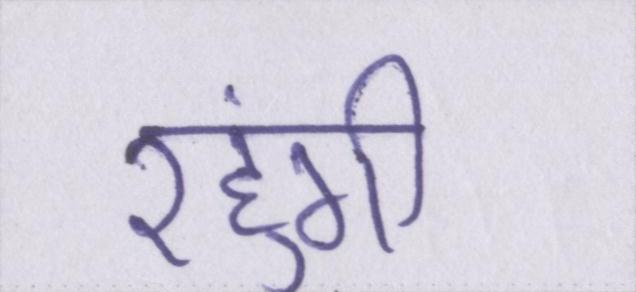
रहुंगी